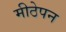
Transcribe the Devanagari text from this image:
मीठेपन